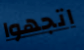
اتجهوا